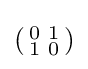
\left({\begin{smallmatrix}0&1\\1&0\end{smallmatrix}}\right)